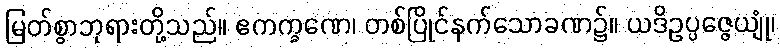
မြတ်စွာဘုရားတို့သည်။ ဧကက္ခဏေ၊ တစ်ပြိုင်နက်သောခဏ၌။ ယဒိဥပ္ပဇ္ဇေယျုံ၊